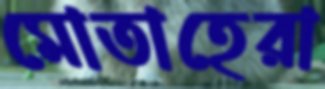
মোতাহেরা